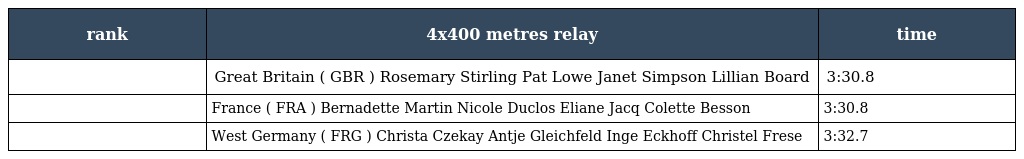
| rank | 4x400 metres relay | time |
 | --- | --- | --- |
 |  | Great Britain ( GBR ) Rosemary Stirling Pat Lowe Janet Simpson Lillian Board | 3:30.8 |
 |  | France ( FRA ) Bernadette Martin Nicole Duclos Eliane Jacq Colette Besson | 3:30.8 |
 |  | West Germany ( FRG ) Christa Czekay Antje Gleichfeld Inge Eckhoff Christel Frese | 3:32.7 |